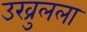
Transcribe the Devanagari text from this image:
उख्रुलला